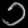
Digit: ၁